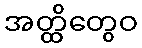
အတ္ထိတွေဝ